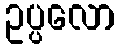
ဥပ္ပလော